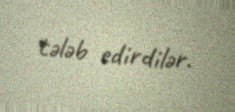
tələb edirdilər.